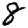
Digit: 8